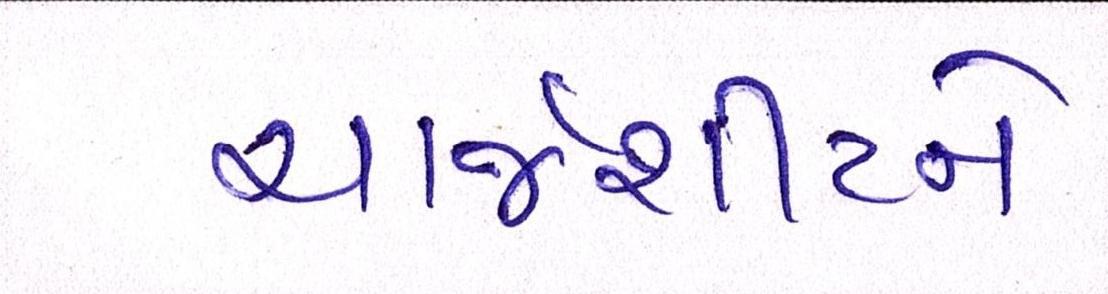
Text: ચાર્જશીટને